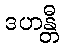
ဒဟန္တီ